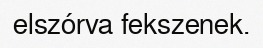
elszórva fekszenek.